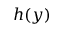
h ( y )